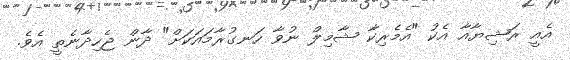
އެއީ ރަޝިޔާއާ އެކު "އެމެރިކާ ޝާމިލް ނުވާ ހަނގުރާމައަކަށް" ދާން ޖެހިދާނެތީ އެވެ.